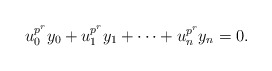
\begin{align*}u_0^{p^{r}}y_0+u_1^{p^{r}}y_1+\cdots+u_n^{p^{r}}y_n=0.\end{align*}